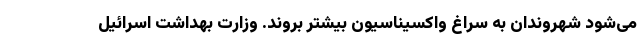
می‌شود شهروندان به سراغ واکسیناسیون بیشتر بروند. وزارت بهداشت اسرائیل